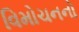
વિમોચનનો